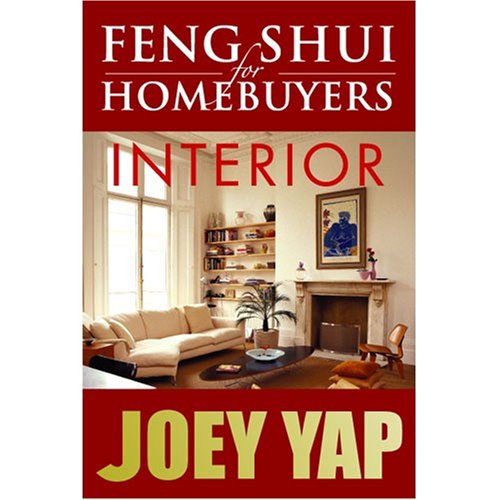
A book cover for Feng Shui For Homebuyers - Interior: A definitive Guide on Interior Feng Shui for Homebuyers; Joey Yap; Religion & Spirituality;